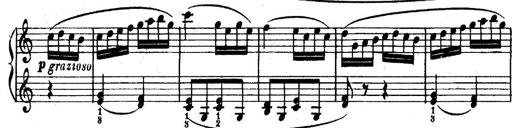
Title: 6 Piano Sonatinas
Composer: Cornelius Gurlitt